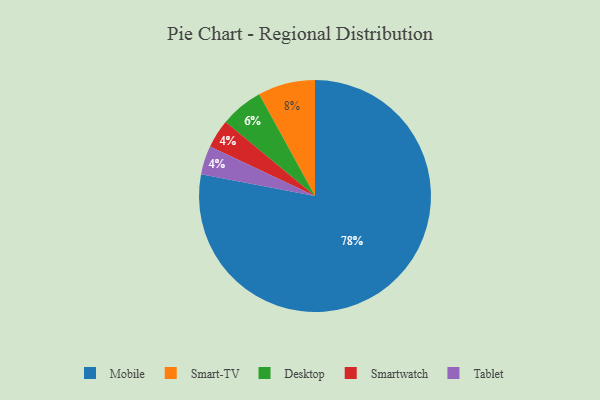
{"axis": {"x": "Category", "y": "Percentage"}, "legend": ["Desktop", "Mobile", "Smart-TV", "Smartwatch", "Tablet"], "data": [{"x": "Smart-TV", "y": 8, "type": "Smart-TV"}, {"x": "Mobile", "y": 78, "type": "Mobile"}, {"x": "Smartwatch", "y": 4, "type": "Smartwatch"}, {"x": "Tablet", "y": 4, "type": "Tablet"}, {"x": "Desktop", "y": 6, "type": "Desktop"}]}